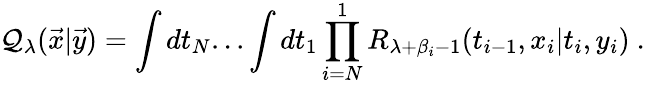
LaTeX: {\cal Q}_{\lambda}({\vec{x}}|{\vec{y}})=\int dt_{N}...\int dt_{1}\prod_{i=N}^{1}R_{\lambda+\beta_{i}-1}(t_{i-1},x_{i}|t_{i},y_{i})~.